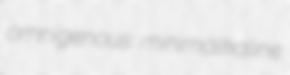
omnigenous minimalkaline